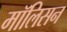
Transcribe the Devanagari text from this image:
मॉलिसन